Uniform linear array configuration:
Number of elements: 32
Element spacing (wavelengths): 1
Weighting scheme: hann
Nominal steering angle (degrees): -30
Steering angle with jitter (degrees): -30.056
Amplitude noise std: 0.05
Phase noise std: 0.05

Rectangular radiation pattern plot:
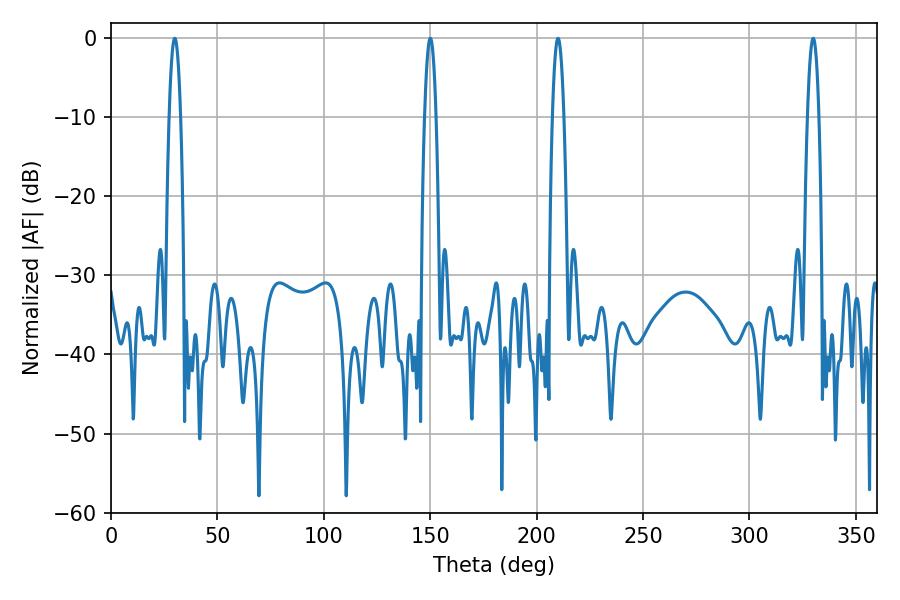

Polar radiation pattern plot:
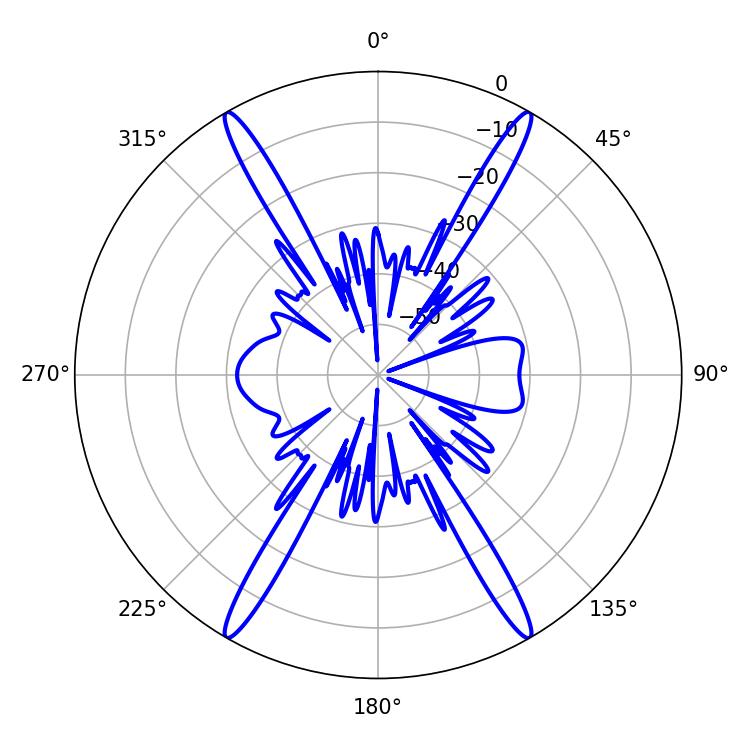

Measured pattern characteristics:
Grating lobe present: TRUE
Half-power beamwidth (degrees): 2.88
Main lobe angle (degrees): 329.94